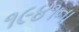
૧૯૪૧ના